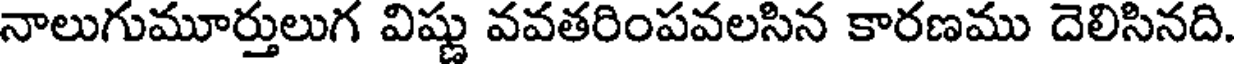
నాలుగుమూర్తులుగ విష్ణు వవతరింపవలసిన కారణము దెలిసినది.